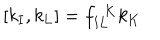
[ k _ { \mathbf { I } } , k _ { \mathbf { L } } ] = f _ { \mathbf { I } \mathbf { L } } ^ { \ \ \mathbf { K } } k _ { \mathbf { K } }